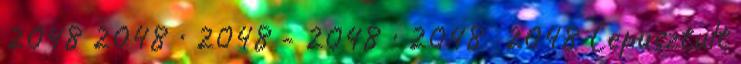
2048 2048 · 2048 - 2048 · 2048 2048 Lepusztult